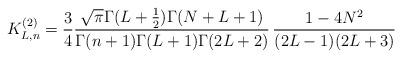
\begin{align*}K^{(2)}_{L,n}=\frac 34\frac {\sqrt {\pi}\Gamma (L+\frac 12)\Gamma (N+L+1)}{\Gamma (n+1)\Gamma (L+1)\Gamma (2L+2)}\,\frac {1-4N^2}{(2L-1)(2L+3)}\end{align*}